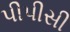
પીપીસી